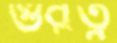
গুরত্ব